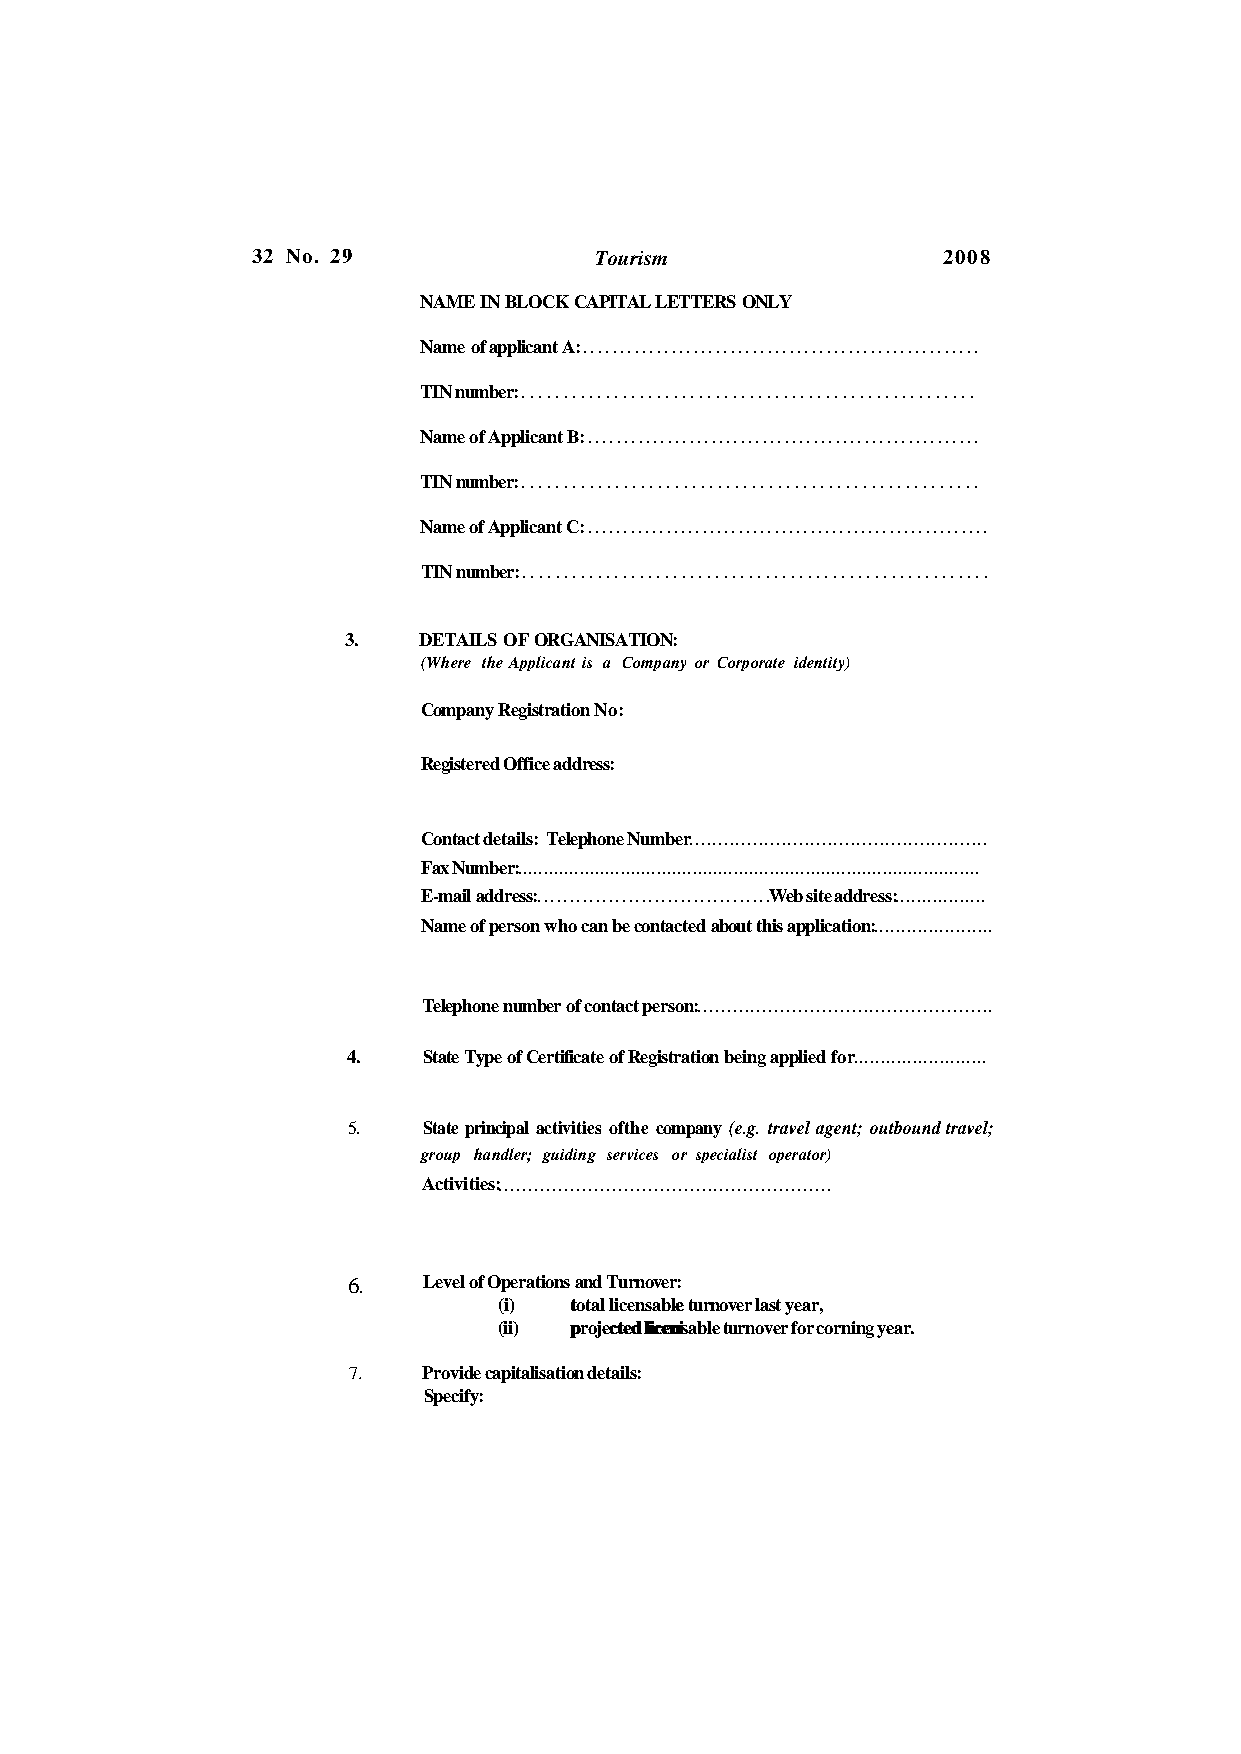
32 No. 29             Tourism                2008
 NAME IN BLOCK CAPITAL LETTERS ONLY
 Name of applicant A:
 TIN number:
 Name of Applicant B:
 TIN number:
 Name of Applicant C:
 TIN number:
 3.   DETAILS OF ORGANISATION:
 (Where the Applicant is a Company or Corporate identity)
 Company Registration No:
 Registered Office address:
 Contact details: Telephone Number
 Fax Number:
 E-mail address:        Web site address:
 Name of person who can be contacted about this application:
 Telephone number of contact person:
 4.   State Type of Certificate of Registration being applied for
 5.   State principal activities ofthe company (e.g. travel agent; outbound travel;
 group handler; guiding services or specialist operator)
 Activities:
 6.   Level of Operations and Turnover:
 (i)  ttoottaall lliicceennssaabbllee turnover last year,
 (ii) pprroojjeecctteedd lliicceennis able turnover for corning year.
 7.   Provide capitalisation details:
 Specify: